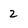
Character: 2